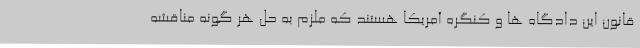
قانون این دادگاه ها و کنگره آمریکا هستند که ملزم به حل هر گونه مناقشه